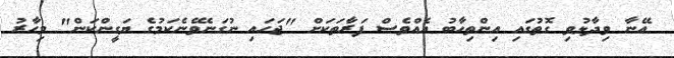
އޭނާ ވިދާޅުވި ގޮތުގައި އިންތިހާބު އެއްވެސް ފަރާތަކަށް "ޖަހައި ނުގަނެވޭނެކަމުގެ ޔަގީންކަން" މިހާރު